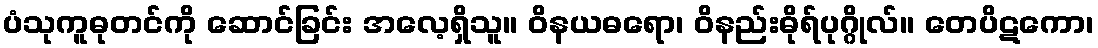
ပံသုကူဓုတင်ကို ဆောင်ခြင်း အလေ့ရှိသူ။ ဝိနယဓရော၊ ဝိနည်းဓိုရ်ပုဂ္ဂိုလ်။ တေပိဋကော၊